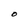
Character: O